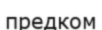
предком